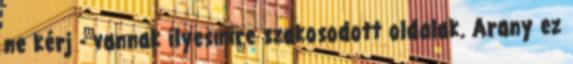
ne kérj - vannak ilyesmire szakosodott oldalak. Arany ez